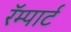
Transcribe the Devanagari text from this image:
रॅम्पार्ट